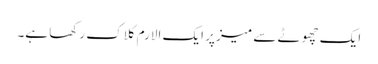
ایک چھوٹے سے میز پر ایک الارم کلاک رکھا ہے۔